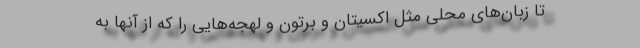
تا زبان‌های محلی مثل اکسیتان و برتون و لهجه‌هایی را که از آنها به